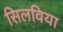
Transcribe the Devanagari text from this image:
सिलविया